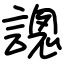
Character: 謥